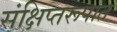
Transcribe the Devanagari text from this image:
संक्षिप्तरूपात